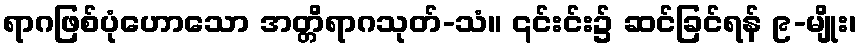
ရာဂဖြစ်ပုံဟောသော အတ္တိရာဂသုတ်-သံ။ ၎င်းင်း၌ ဆင်ခြင်ရန် ၉-မျိုး၊